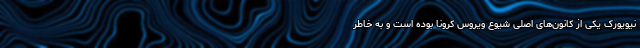
نیویورک یکی از کانون‌های اصلی شیوع ویروس کرونا بوده است و به خاطر